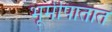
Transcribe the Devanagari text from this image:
भूमीपातात